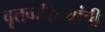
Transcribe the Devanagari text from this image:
वृत्तवाहिन्यांची